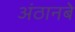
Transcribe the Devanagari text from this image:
अंठानबे